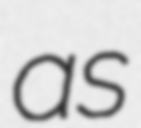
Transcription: as